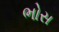
ભોસ